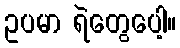
ဥပမာ ရဲတွေပေါ့။